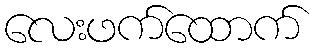
လေးဖက်ထောက်